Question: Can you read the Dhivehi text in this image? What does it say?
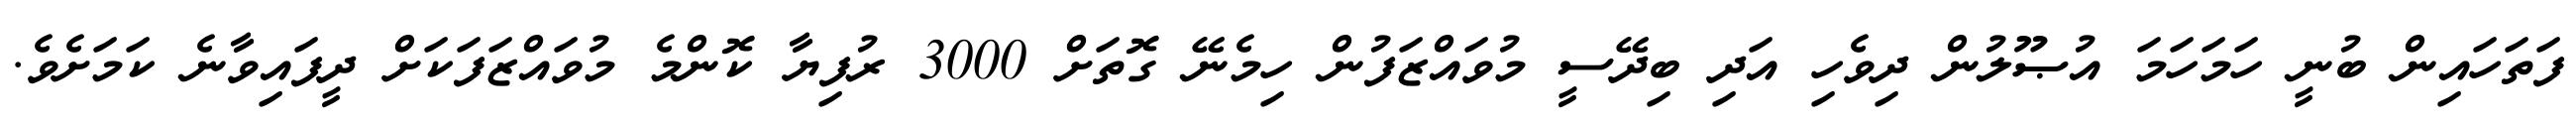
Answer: ފަތަހައިން ބުނީ ހަމަހަމަ އުޞޫލުން ދިވެހި އަދި ބިދޭސީ މުވައްޒަފުން ހިމެނޭ ގޮތަށް 3000 ރުފިޔާ ކޮންމެ މުވައްޒަފަކަށް ދީފައިވާނެ ކަމަށެވެ.